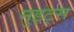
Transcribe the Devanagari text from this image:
नुइट्स